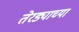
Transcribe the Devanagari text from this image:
तेरड्याच्या